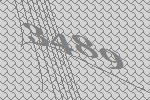
3489